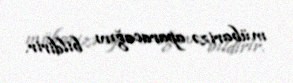
mübarizə aparacağını bildirir.